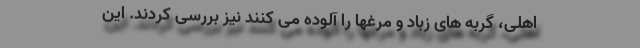
اهلی، گربه های زباد و مرغها را آلوده می کنند نیز بررسی کردند. این